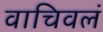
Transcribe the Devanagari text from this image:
वाचिवलं